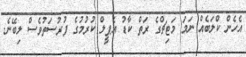
އެހެން ކްލަބެއް ނަމަ މަޓިޗްގެ ރަތް ކާޑު އެޕީލް ކުރުމުގެ ފުރުސަތުވެސް ލިބޭނެ.